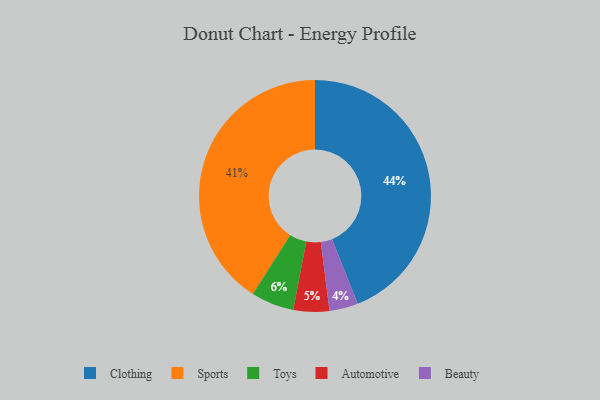
{"axis": {"x": "Category", "y": "Percentage"}, "legend": ["Automotive", "Beauty", "Clothing", "Sports", "Toys"], "data": [{"x": "Clothing", "y": 44, "type": "Clothing"}, {"x": "Automotive", "y": 5, "type": "Automotive"}, {"x": "Toys", "y": 6, "type": "Toys"}, {"x": "Sports", "y": 41, "type": "Sports"}, {"x": "Beauty", "y": 4, "type": "Beauty"}]}